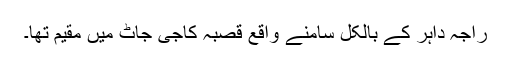
راجہ داہر کے بالکل سامنے واقع قصبہ کاجی جاٹ میں مقیم تھا۔